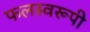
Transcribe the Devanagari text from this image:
फलस्वरूपी